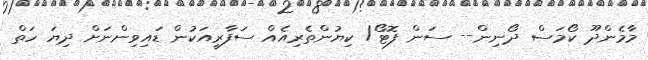
މާމެންދޫ ކޯމަސް ދޯނިން-- ސަން ފޮޓޯ/ ކިޔުންތެރިއެއް ސަފާރީއަކުން ޑައިވިންނަށް ދިޔަ ހަތް